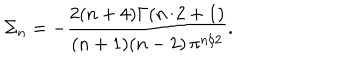
LaTeX: \Sigma _ { n } = - { \frac { 2 ( n + 4 ) \Gamma ( n / 2 + 1 ) } { ( n + 1 ) ( n - 2 ) \, \pi ^ { n / 2 } } } .